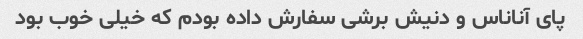
پای آناناس و دنیش برشی سفارش داده بودم که خیلی خوب بود